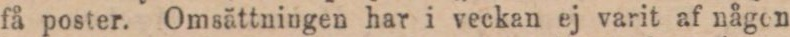
få poster. Omsättningen har i veckan ej varit af någen